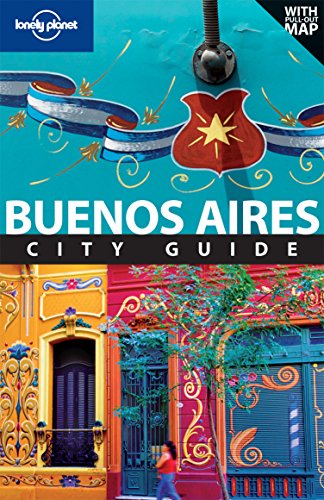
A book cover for Lonely Planet Buenos Aires (Travel Guide); Lonely Planet; Travel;